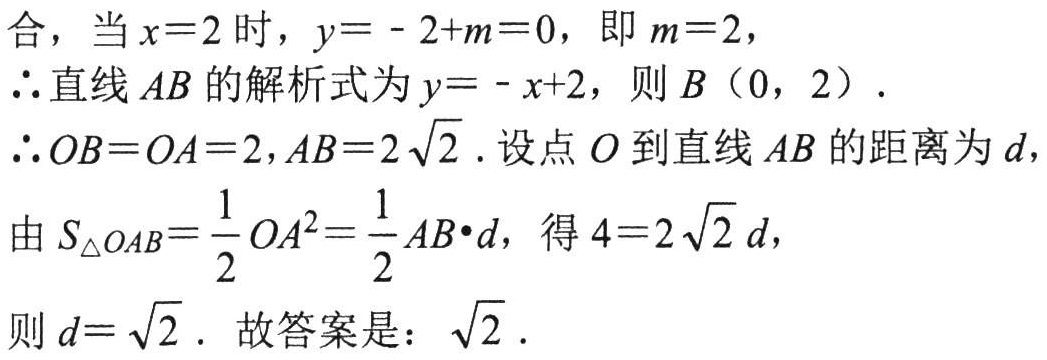
合，当\(x = 2\)时，\(y=-2 + m = 0\)，即\(m = 2\)，
\(\therefore\)直线\(AB\)的解析式为\(y=-x + 2\)，则\(B(0,2)\).
\(\therefore OB = OA = 2,AB = 2\sqrt{2}\). 设点\(O\)到直线\(AB\)的距离为\(d\)，
由\(S_{\triangle OAB}=\dfrac{1}{2}OA^{2}=\dfrac{1}{2}AB\cdot d\)，得\(4 = 2\sqrt{2}d\)，
则\(d=\sqrt{2}\). 故答案是：\(\sqrt{2}\).